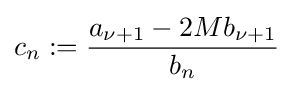
c_{n}:={\frac {a_{\nu +1}-2Mb_{\nu +1}}{b_{n}}}